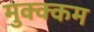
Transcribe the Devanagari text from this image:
मुक्क्कम